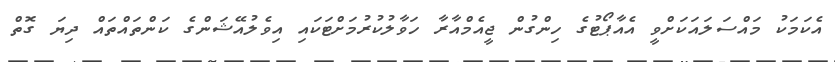
އެކަމަކު މައްސަލައަކަށްވީ އެއާޕޯޓުގެ ހިންގުން ޖީއެމްއާރާ ހަވާލުކުރުމަށްޓަކައި އިވެލުއޭޝަންގެ ކަންތައްތައް ދިޔަ ގޮތް